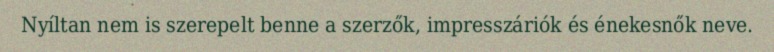
Nyíltan nem is szerepelt benne a szerzők, impresszáriók és énekesnők neve.